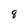
Character: 8